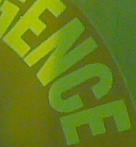
ENCE